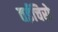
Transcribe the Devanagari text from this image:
तईचिरो